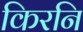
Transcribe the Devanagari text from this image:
किरनि